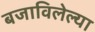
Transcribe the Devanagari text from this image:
बजाविलेल्या